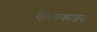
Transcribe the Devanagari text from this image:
फेनाकाइट